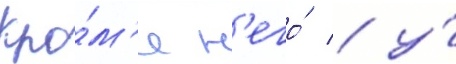
Кро́м'е н'его́ / у́